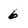
Character: 6